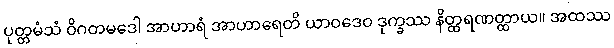
ပုတ္တမံသံ ဝိဂတမဒေါ အာဟာရံ အာဟာရေတိ ယာဝဒေဝ ဒုက္ခဿ နိတ္ထရဏတ္ထာယ။ အထဿ